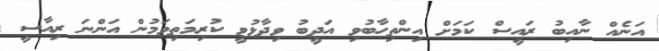
އަނެއް ނާއިބު ރައީސް ކަމަށް އިންތިހާބުވި އަދީބު ވިދާޅުވީ ކުރިމަތިވަމުން އަންނަ ރިއާސީ